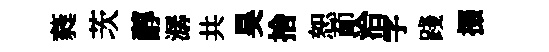
蕤茨醇潺共昊捨恕莭洽字踐掇